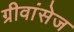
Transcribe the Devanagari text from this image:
ग्रीवांसेज